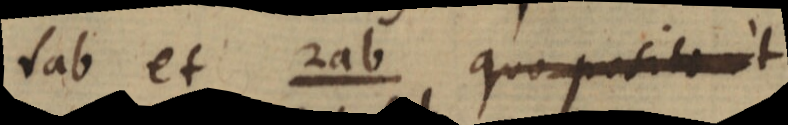
√ab et 2ab quo posito ut